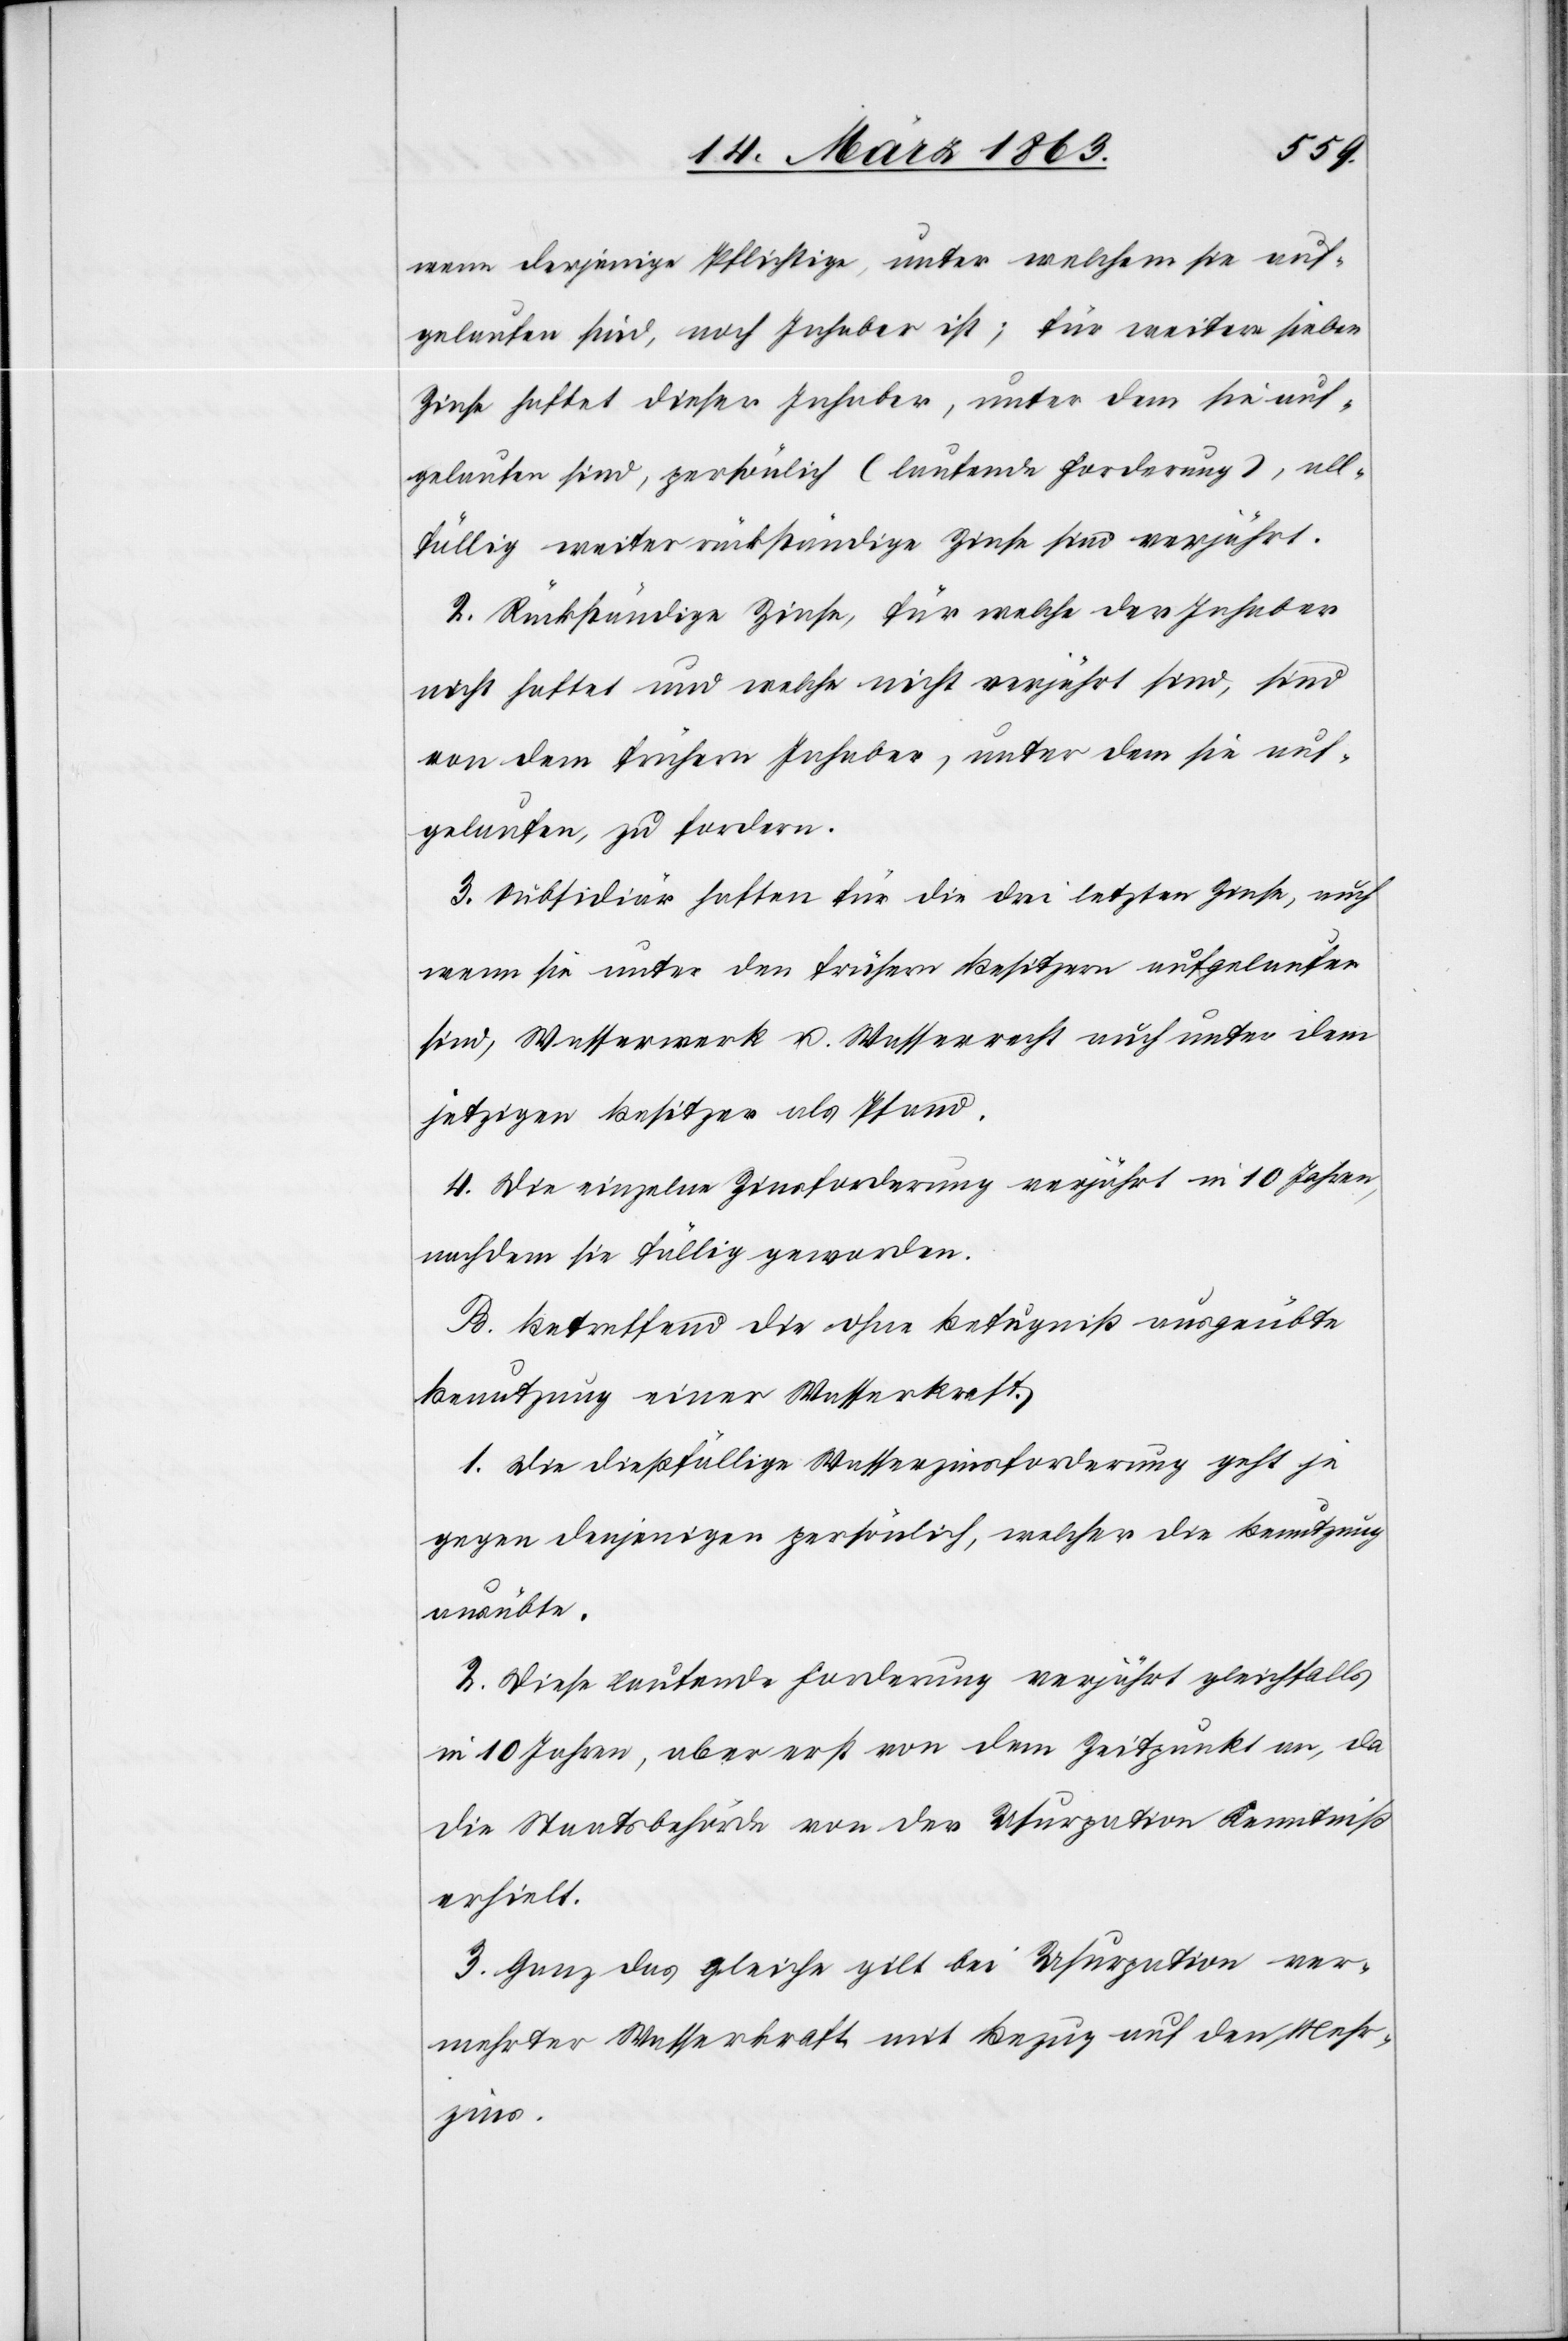
wenn derjenige Pflichtige, unter welchem sie auf¬
gelaufen sind, noch Inhaber ist; für weitere sieben
Zinse haftet dieser Inhaber, unter dem sie auf¬
gelaufen sind, persönlich (laufende Forderung), all¬
fällig weiter rückständige Zinse sind verjährt.
2. Rückständige Zinse, für welche der Inhaber
nicht haftet und welche nicht verjährt sind, sind
von dem frühern Inhaber, unter dem sie auf¬
gelaufen, zu fordern.
3. Subsidiär haften für die drei letzten Zinse, auch
wenn sie unter den frühern Besitzern aufgelaufen
sind, Wasserwerk u. Wasserrecht auch unter dem
jetzigen Besitzer als Pfand.
4. Die einzelne Zinsforderung verjährt in 10 Jahren,
nachdem sie fällig geworden.
B. Betreffend die ohne Befugniß ausgeübte
Benutzung einer Wasserkraft.
1. Die dießfällige Wasserzinsforderung geht je
gegen denjenigen persönlich, welcher die Benutzung
ausübte.
2. Diese laufende Forderung verjährt gleichfalls
in 10 Jahren, aber erst von dem Zeitpunkt an, da
die Staatsbehörde von der Usurpation Kenntniß
erhielt.
3. Ganz das gleiche gilt bei Usurpation ver¬
mehrter Wasserkraft mit Bezug auf den Mehr¬
zins.